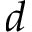
d